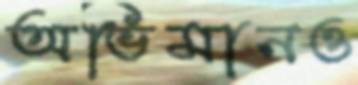
অভিমানও